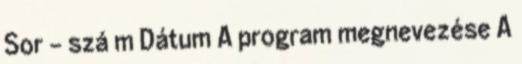
Sor - szá m Dátum A program megnevezése A